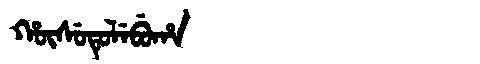
Manchu: ᡥᡡᠰᡠᡨᡠᠯᡝᠪᡠᡥᠠ
Romanization: HŪSUTULEBUHA